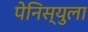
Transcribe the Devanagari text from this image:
पेनिस्युला